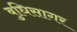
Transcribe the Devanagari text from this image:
बुधिसागर